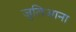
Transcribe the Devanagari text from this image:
जुलिआना